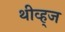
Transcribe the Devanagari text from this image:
थीव्ह्‌ज